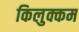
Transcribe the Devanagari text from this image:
किलुक्कम